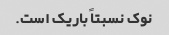
نوک نسبتاً باریک است.